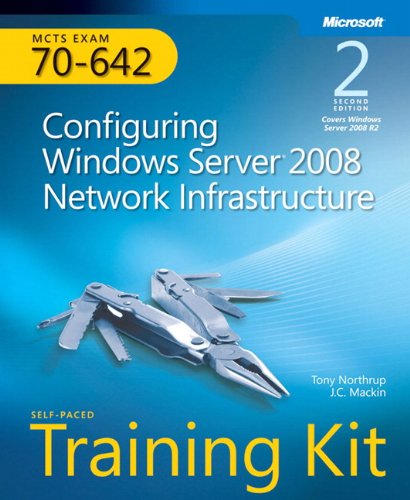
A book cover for Self-Paced Training Kit (Exam 70-642) Configuring Windows Server 2008 Network Infrastructure (MCTS) (2nd Edition) (Microsoft Press Training Kit); J.C. Mackin; Computers & Technology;